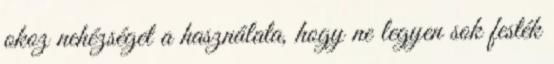
okoz nehézséget a használata, hogy ne legyen sok festék